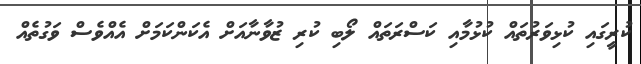
ކުރީގައި ކުޅިވަރުތައް ކުޅުމާއި ކަސްރަތައް ލޯބި ކުރި ޒުވާނާއަށް އެކަންކަމަށް އެއްވެސް ވަގުތެއް